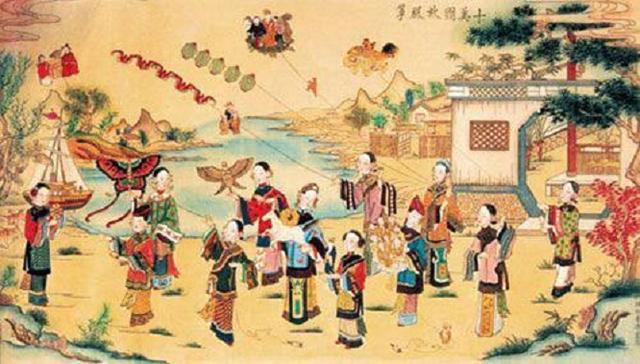
袨服华妆着处逢，六街灯火闹儿童。